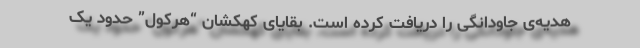
هدیه‌ی جاودانگی را دریافت کرده است. بقایای کهکشان “هرکول” حدود یک